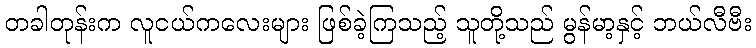
တခါတုန်းက လူငယ်ကလေးများ ဖြစ်ခဲ့ကြသည့် သူတို့သည် မွန်မာ့နှင့် ဘယ်လီဗီး